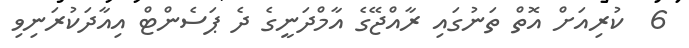
6  ކުރިއަށް އޮތް ތަނުގައި ރާއްޖޭގެ އާމްދަނީގެ ދެ ޕަސެންޓް އިއާދަކުރަނިވި